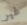
غير